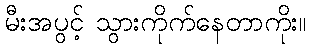
မီးအပွင့် သွားကိုက်နေတာကိုး။